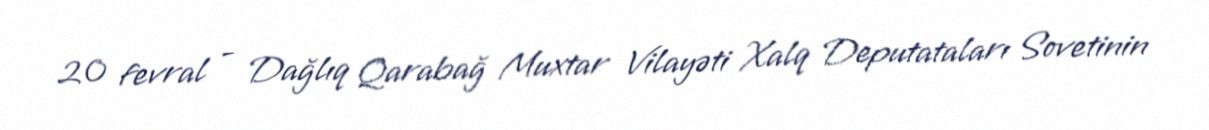
20 fevral - Dağlıq Qarabağ Muxtar Vilayəti Xalq Deputataları Sovetinin